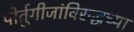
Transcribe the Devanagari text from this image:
पोर्तुगीजांविरुद्धच्या